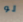
لو